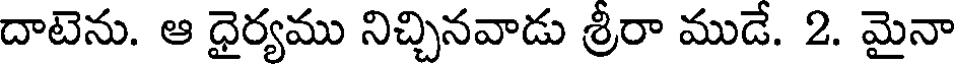
దాటెను. ఆ ధైర్యము నిచ్చినవాడు శ్రీరా ముడే. 2. మైనా